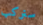
سنركب